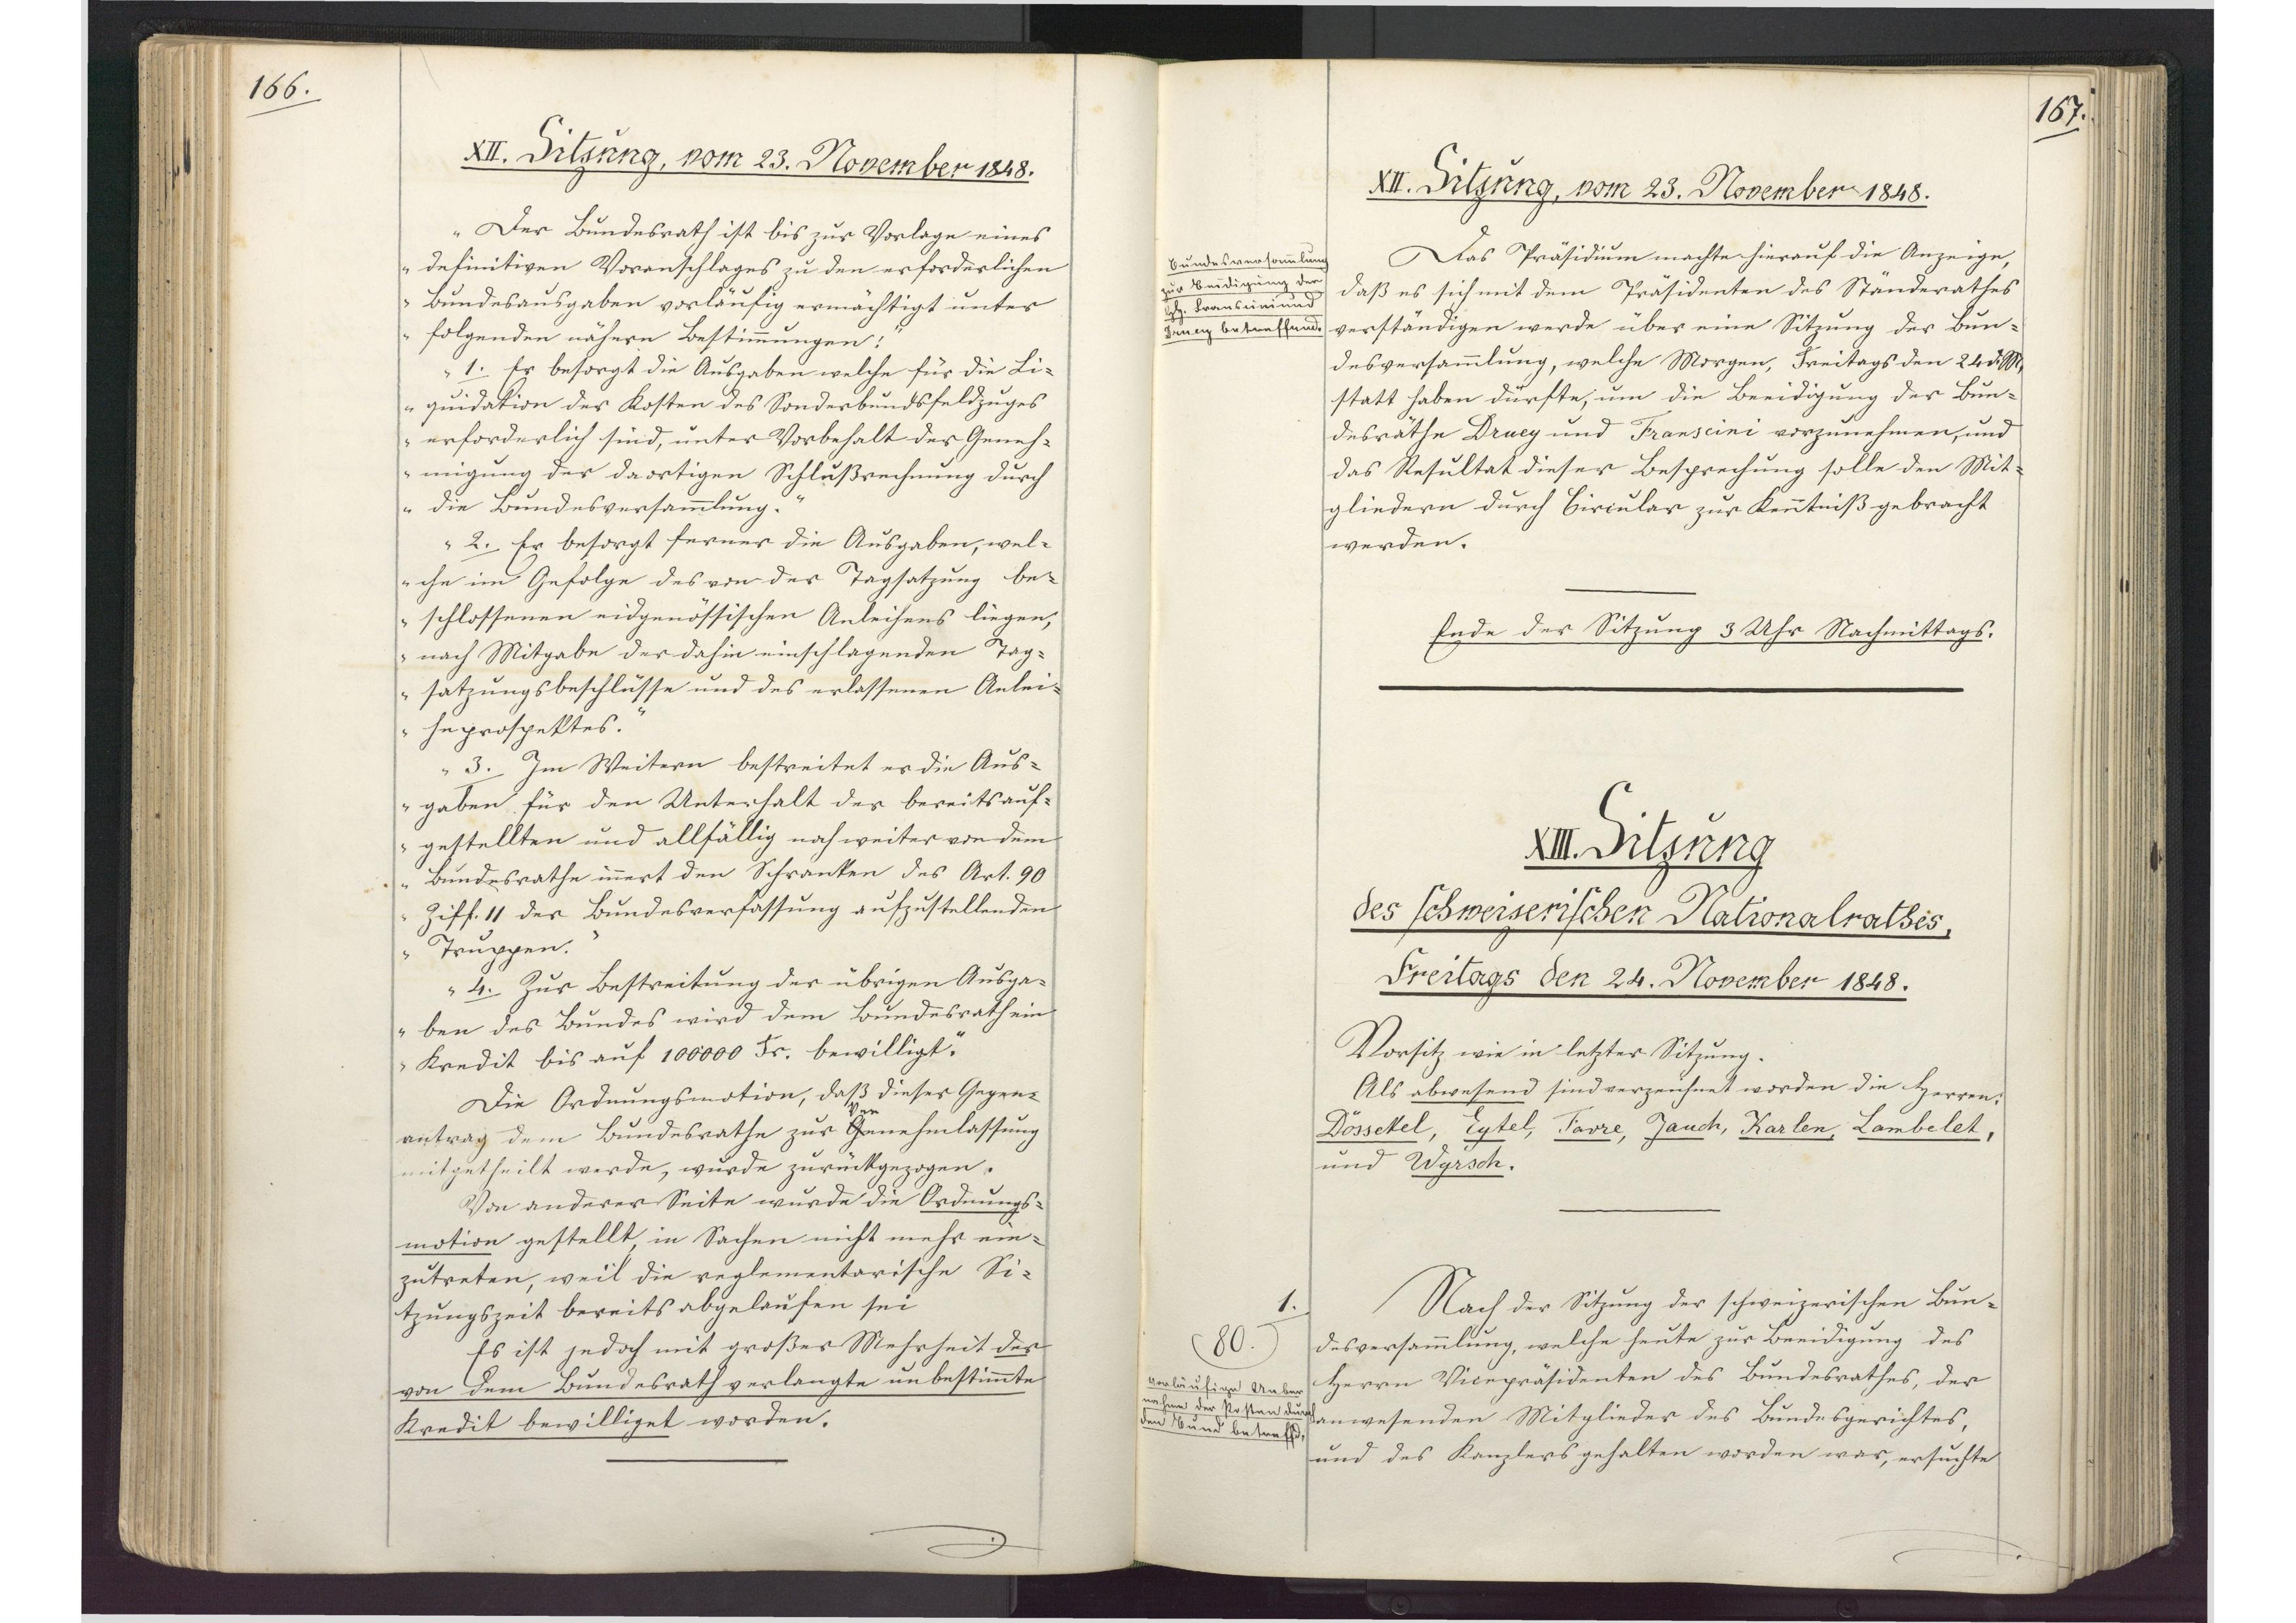
166.

XII. Sitzung, vom 23. November 1848.

"Der Bundesrath ist bis zur Vorlage eines
definitiven Voranschlages zu den erforderlichen
Bundesausgaben vorläufig ermächtigt unter
folgenden nähern Bestimmungen:
1. Er besorgt die Ausgaben welche für die Li¬
quidation der Kosten des Sonderbundsfeldzuges
erforderlich sind, unter Vorbehalt der Geneh¬
migung der daortigen Schlußrechnung durch
die Bundesversammlung.
2. Er besorgt ferner die Ausgaben, wel¬
che im Gefolge des von der Tagsatzung be¬
schlossenen eidgenössischen Anleihens liegen,
nach Mitgabe der dahin einschlagenden Tag¬
satzungsbeschlüsse und des erlassenen Anlei¬
heprospektes.
3. Im Weitern bestreitet er die Aus¬
gaben für den Unterhalt der bereits auf¬
gestellten und allfällig noch weiter von dem
Bundesrathe innert den Schranken des Art. 90
Ziff. 11 der Bundesverfassung aufzustellenden
Truppen.
4. Zur Bestreitung der übrigen Ausga¬
ben des Bundes wird dem Bundesrath ein
Kredit bis auf 100`000 Fr. bewilligt."
Die Ordnungsmotion, daß dieser Gegen¬
antrag dem Bundesrathe zur Genehmlassung
mitgetheilt werde, wurde zurückgezogen.
Von anderer Seite wurde die Ordnungs¬
motion gestellt, in Sachen nicht mehr ein¬
zutreten, weil die reglementarische Si¬
tzungszeit bereits abgelaufen sei.
Es ist jedoch mit großer Mehrheit der
von dem Bundesrath verlangte unbestimmte
Kredit bewilliget worden.

167.

XII. Sitzung, vom 23. November 1848.

Das Präsidium machte hierauf die Anzeige,
daß es sich mit dem Präsidenten des Ständerathes
verständigen werde über eine Sitzung der Bun¬
desversammlung, welche Morgen, Freitags den 24 d. M.
statt haben dürfte, um die Beeidigung der Bun¬
desräthe Druey und Franscini vorzunehmen, und
das Resultat dieser Besprechung solle den Mit¬
gliedern durch Circular zur Kenntniß gebracht
werden.
Ende der Sitzung 3 Uhr Nachmittags.

Bundesversammlung
zur Beeidigung der
Herren Franscini und
Druey betreffend.